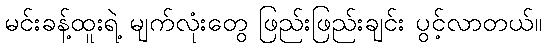
မင်းခန့်ထူးရဲ့ မျက်လုံးတွေ ဖြည်းဖြည်းချင်း ပွင့်လာတယ်။